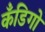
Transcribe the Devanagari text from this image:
कँडिगो